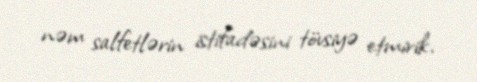
nəm salfetlərin istifadəsini tövsiyə etmirik.